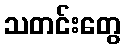
သတင်းတွေ